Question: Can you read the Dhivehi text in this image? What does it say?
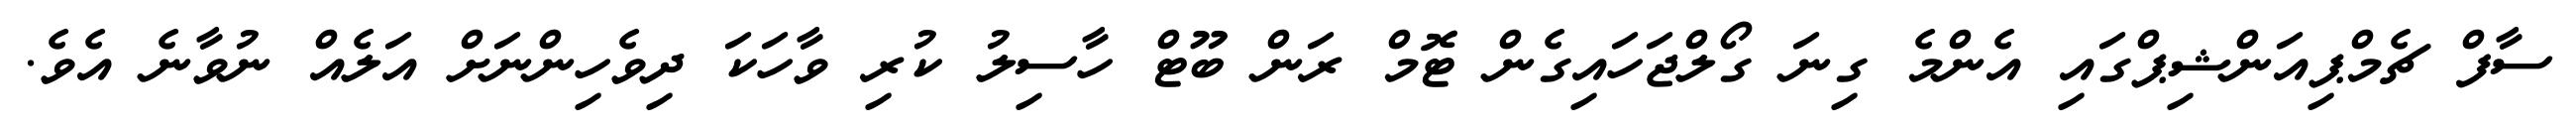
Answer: ސާފް ޗެމްޕިއަންޝިޕްގައި އެންމެ ގިނަ ގޯލްޖަހައިގެން ޓޮމް ރަން ބޫޓް ހާސިލު ކުރި ވާހަކަ ދިވެހިންނަށް އަލެއް ނުވާނެ އެވެ.